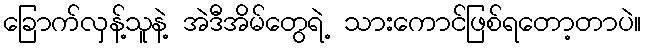
ခြောက်လှန့်သူနဲ့ အဲဒီအိမ်တွေရဲ့ သားကောင်ဖြစ်ရတော့တာပဲ။